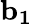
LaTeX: \mathbf{b_{1}}